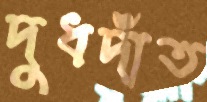
দুধদাঁত